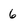
Character: 6